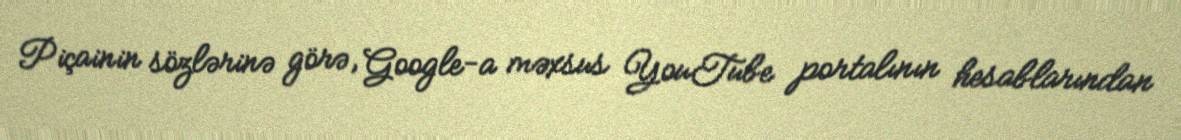
Piçainin sözlərinə görə, Google-a məxsus YouTube portalının hesablarından